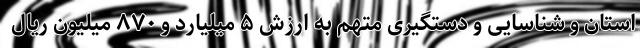
استان و شناسایی و دستگیری متهم به ارزش ۵ میلیارد و ۸۷۰ میلیون ریال